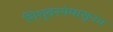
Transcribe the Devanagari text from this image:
शिशुवस्थेपासूनच